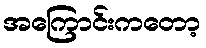
အကြောင်းကတော့